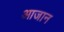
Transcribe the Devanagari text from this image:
आजान